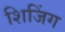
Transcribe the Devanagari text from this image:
शिजिंग